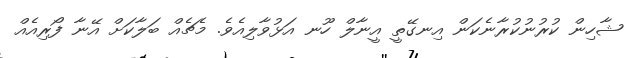
ޝާހިން ކުރުނުކުރާނެކަން އިނގޭތީ އީނާލް ހޫނ އަޅުވާލިއެވެ. މެޗެއް ބަލާކަށް އޭނާ ފޯރިއެއް